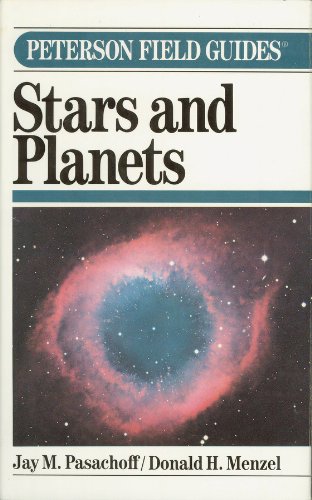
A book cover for A Field Guide to the Stars and Planets (Peterson Field Guides); Jay M. Pasachoff; Science & Math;